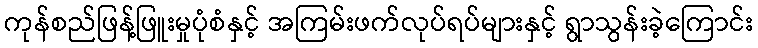
ကုန်စည်ဖြန့်ဖြူးမှုပုံစံနှင့် အကြမ်းဖက်လုပ်ရပ်များနှင့် ရွာသွန်းခဲ့ကြောင်း